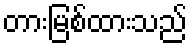
တားမြစ်ထားသည်